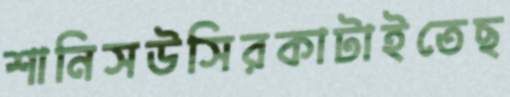
শানিসউসিরকাটাইতেছ